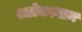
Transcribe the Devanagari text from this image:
श्लोकानाम